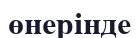
өнерінде